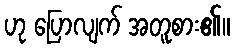
ဟု ပြောလျက် အတူစား၏။